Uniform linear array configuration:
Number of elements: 48
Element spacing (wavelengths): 1
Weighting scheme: exponential
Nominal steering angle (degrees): -30
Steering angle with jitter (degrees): -30.882
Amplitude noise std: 0.05
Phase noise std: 0.05

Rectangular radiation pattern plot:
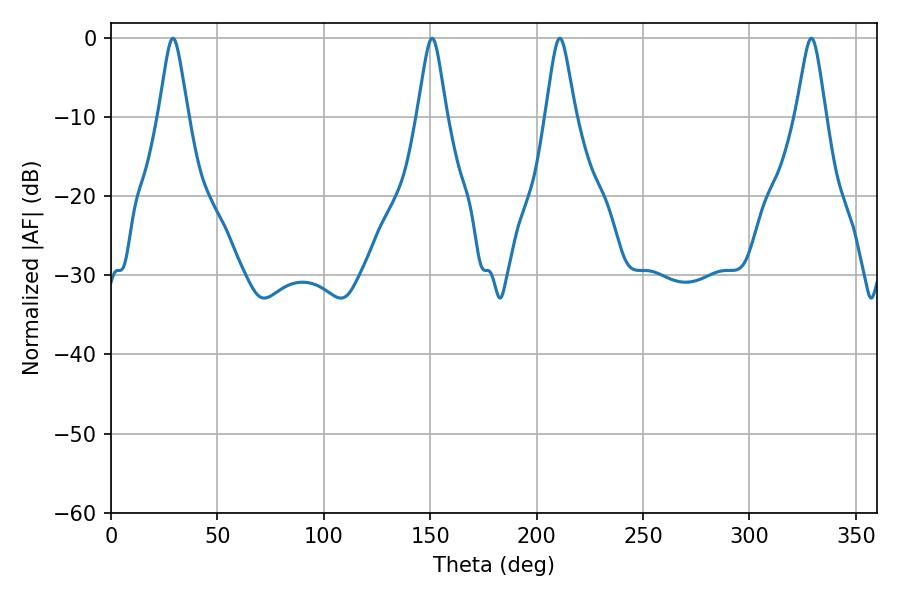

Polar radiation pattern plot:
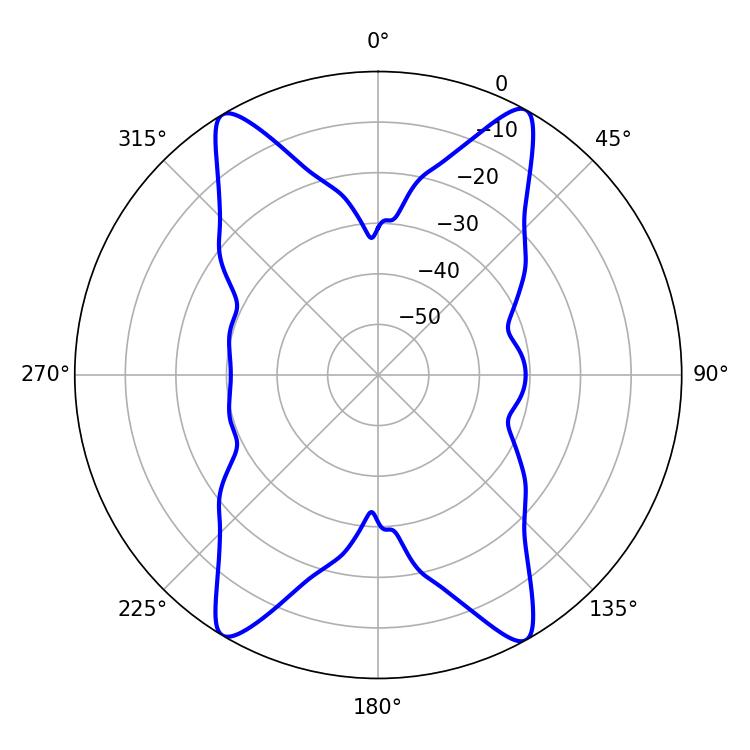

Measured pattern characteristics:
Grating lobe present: TRUE
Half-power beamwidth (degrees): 6.48
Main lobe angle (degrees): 29.16